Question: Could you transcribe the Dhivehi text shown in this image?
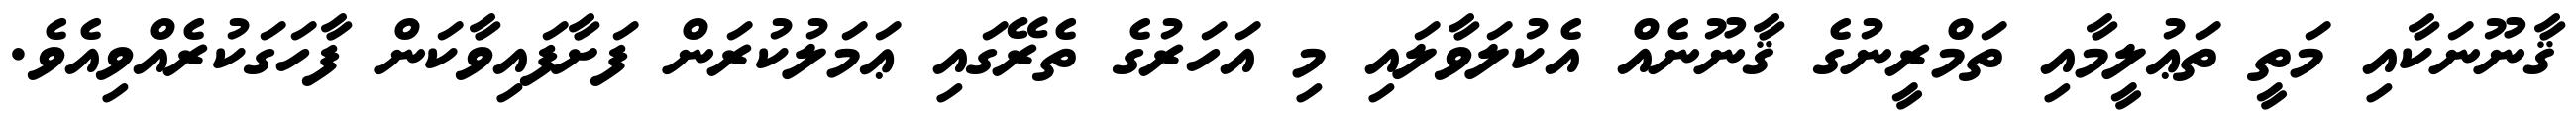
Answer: ޤާނޫނަކާއި މަތީ ތަޢުލީމާއި ތަމްރީނުގެ ޤާނޫނެއް އެކުލަވާލައި މި އަހަރުގެ ތެރޭގައި ޢަމަލުކުރަން ފަށާފައިވާކަން ފާހަގަކުރެއްވިއެވެ.